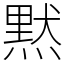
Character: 黙